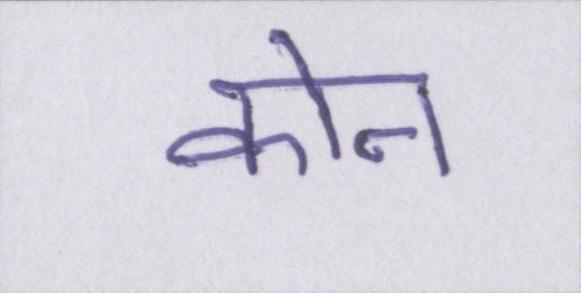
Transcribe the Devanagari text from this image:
कोन